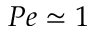
P e \simeq 1